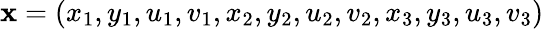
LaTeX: \mathbf{x}=(x_{1},y_{1},u_{1},v_{1},x_{2},y_{2},u_{2},v_{2},x_{3},y_{3},u_{3},v_{3})